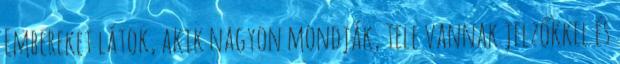
Embereket látok, akik nagyon mondják, tele vannak jelzőkkel és